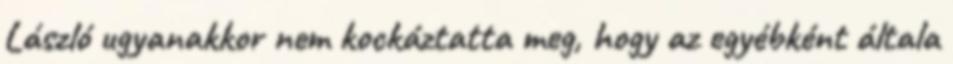
László ugyanakkor nem kockáztatta meg, hogy az egyébként általa